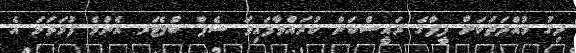
ދިގު މުއްދަތަކަށް ފީފާގެ ރައީސްކަން ކުރައްވާފައިވަ ސެޕް ބްލެޓަރ އެންމެ ފުރަތަމަ އެ